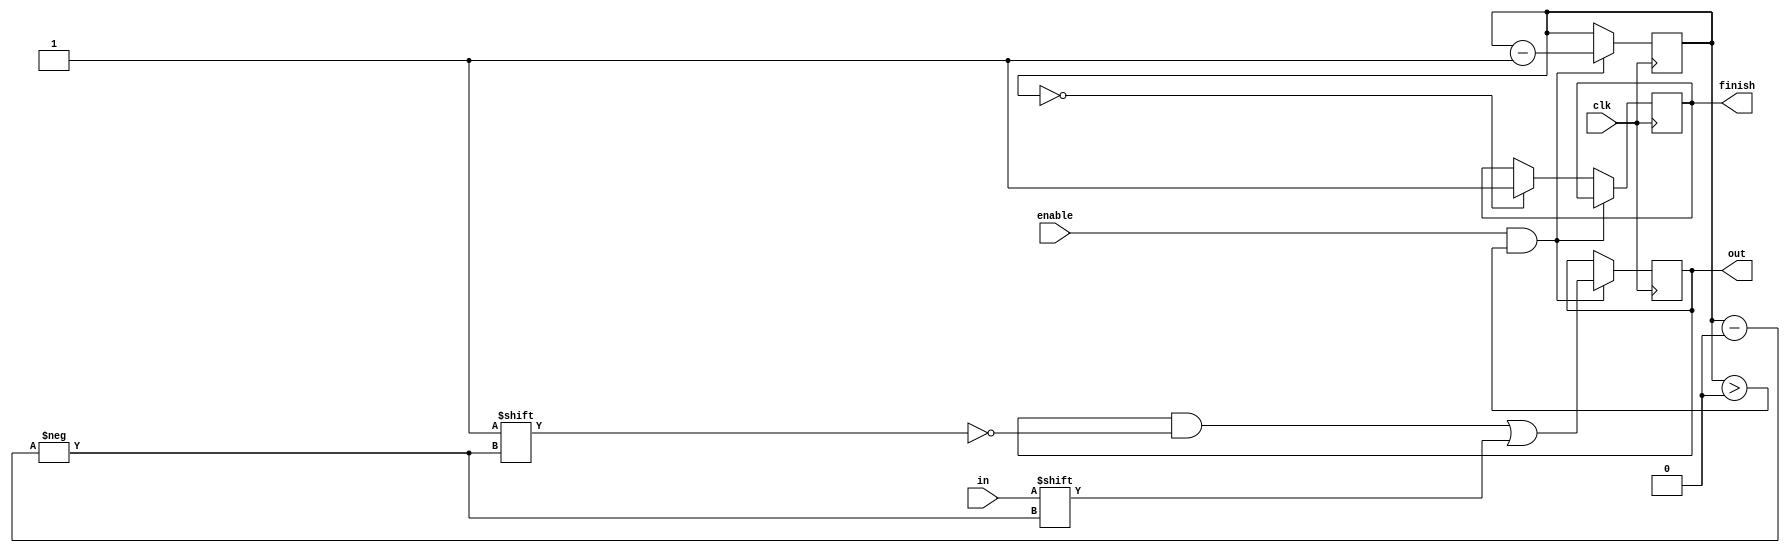
module StoP
#(parameter width=10)
(
input clk,in,enable,
output [width-1 :0] out,
output reg finish
);

reg [width-1 :0] temp;
reg [3:0] i; 

initial begin
    temp=0;
    i=width-1;
    finish=0;
end

always@(posedge clk)
begin
   if(enable && i>0)//width)//4'b1000)
   // temp <= {temp[width-2 : 0],in}; //in,temp[7:1]//out >> 1;   //
    //i<=i+1;
    begin
    temp[i] <= in;
    i<=i-1;
    end
    else if (i==0)
    finish<=1;
end
assign out=temp;

/* add wave -position insertpoint sim:/StoP/*
force -freeze sim:/StoP/clk 0 0, 1 {50 ps} -r 10
force -freeze sim:/StoP/enable 1 0
force -freeze sim:/StoP/in 0 0
run
force -freeze sim:/StoP/in 1 0
run
run
run
run
force -freeze sim:/StoP/in 0 0
run*/

////



endmodule